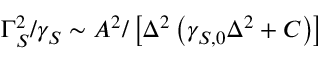
\Gamma _ { S } ^ { 2 } / \gamma _ { S } \sim A ^ { 2 } / \left[ \Delta ^ { 2 } \left( \gamma _ { S , 0 } \Delta ^ { 2 } + C \right) \right]